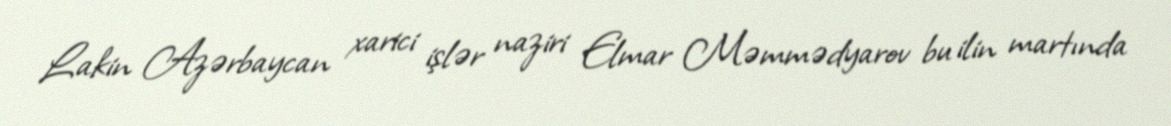
Lakin Azərbaycan xarici işlər naziri Elmar Məmmədyarov bu ilin martında